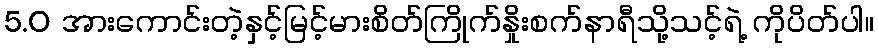
5.0 အားကောင်းတဲ့နှင့်မြင့်မားစိတ်ကြိုက်နှိုးစက်နာရီသို့သင့်ရဲ့ ကိုပိတ်ပါ။